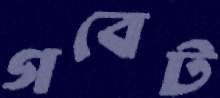
গবেট